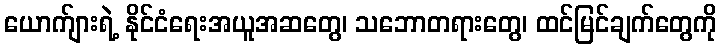
ယောက်ျားရဲ့ နိုင်ငံရေးအယူအဆတွေ၊ သဘောတရားတွေ၊ ထင်မြင်ချက်တွေကို